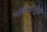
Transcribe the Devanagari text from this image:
भोजनापूर्वी